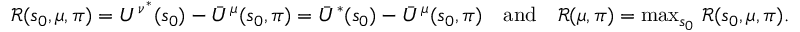
\begin{array} { r } { \mathcal { R } ( s _ { 0 } , \mu , \boldsymbol { \pi } ) = U ^ { \nu ^ { * } } ( s _ { 0 } ) - \bar { U } ^ { \mu } ( s _ { 0 } , \boldsymbol { \pi } ) = \bar { U } ^ { * } ( s _ { 0 } ) - \bar { U } ^ { \mu } ( s _ { 0 } , \boldsymbol { \pi } ) \quad \mathrm { a n d } \quad \mathcal R ( \mu , \boldsymbol { \pi } ) = \operatorname* { m a x } _ { s _ { 0 } } \, \mathcal { R } ( s _ { 0 } , \mu , \boldsymbol { \pi } ) . } \end{array}